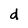
Character: d